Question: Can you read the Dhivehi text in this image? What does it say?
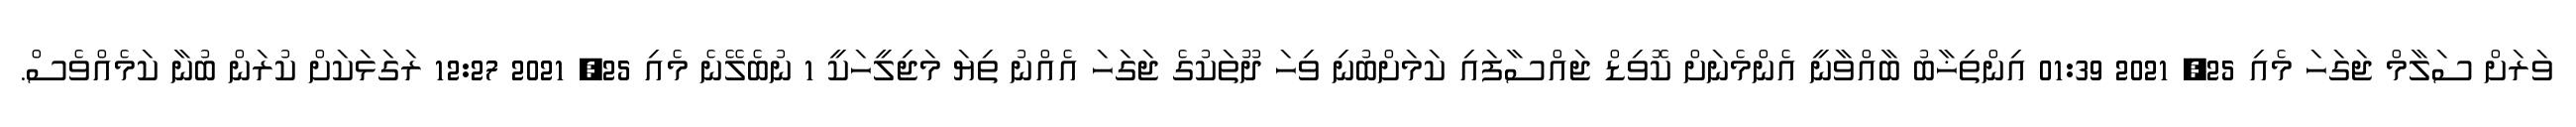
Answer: ވަރަށް ސަލާމް ޖަގަހަ މެއި 25, 2021 01:39 އިންތިޚާބު ބާއްވާނީ އެންމެނަށް ކޮވިޑް ޖައްސާފައި ކަމަށްބުނި ވިހަ ދޫތަކުގެ ޖަގަހަ އެއްނު ތިޔަ މަޖިލީހަކީ 1 ނުބެލޭނެ މެއި 25, 2021 12:27 ރަގަޅަކަށް ކުރަން ބުނާ ކަމެއްވެސް.